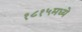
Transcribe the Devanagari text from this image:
१८१५मध्ये